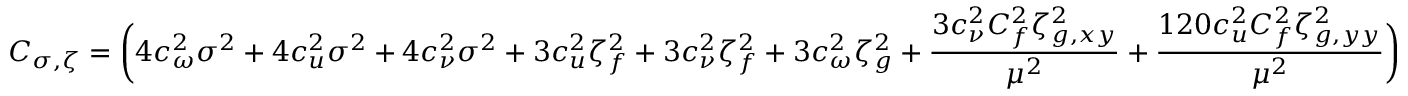
C _ { \sigma , \zeta } = \bigg ( 4 c _ { \omega } ^ { 2 } \sigma ^ { 2 } + 4 c _ { u } ^ { 2 } \sigma ^ { 2 } + 4 c _ { \nu } ^ { 2 } \sigma ^ { 2 } + 3 c _ { u } ^ { 2 } \zeta _ { f } ^ { 2 } + 3 c _ { \nu } ^ { 2 } \zeta _ { f } ^ { 2 } + 3 c _ { \omega } ^ { 2 } \zeta _ { g } ^ { 2 } + \frac { 3 c _ { \nu } ^ { 2 } C _ { f } ^ { 2 } \zeta _ { g , x y } ^ { 2 } } { \mu ^ { 2 } } + \frac { 1 2 0 c _ { u } ^ { 2 } C _ { f } ^ { 2 } \zeta _ { g , y y } ^ { 2 } } { \mu ^ { 2 } } \bigg )